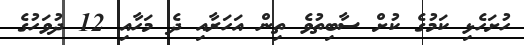
ހުށަހެޅި ކަމުގެ ކުށް ސާބިތުވެ ތިން އަހަރާއި ދެ މަހާއި 12 ދުވަހުގެ